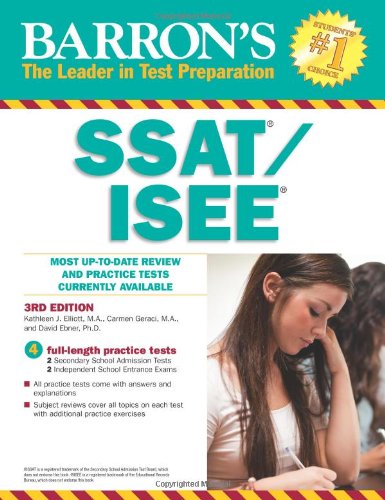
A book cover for Barron's SSAT/ISEE, 3rd Edition: High School Entrance Examinations; Kathleen Elliott; Test Preparation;